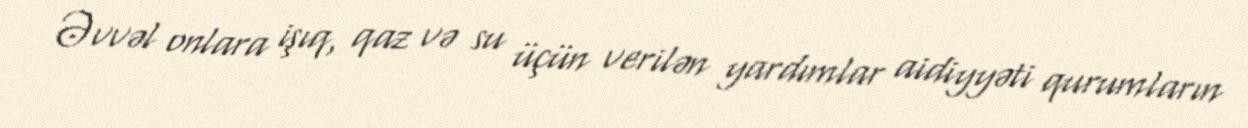
Əvvəl onlara işıq, qaz və su üçün verilən yardımlar aidiyyəti qurumların